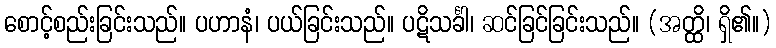
စောင့်စည်းခြင်းသည်။ ပဟာနံ၊ ပယ်ခြင်းသည်။ ပဋိသင်္ခါ၊ ဆင်ခြင်ခြင်းသည်။ (အတ္ထိ၊ ရှိ၏။)